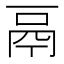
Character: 鬲